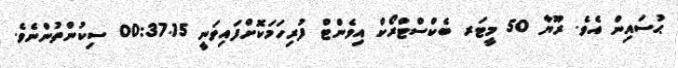
ޙުސައިން އެވެ. ރޫޔާ 50 މީޓަރ ބެކްސްޓްރޯކް އިވެންޓް ފުރިހަމަކޮށްފައިވަނީ 00:37.15 ސިކުންތުންނެވެ.